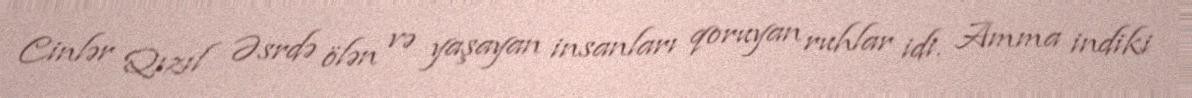
Cinlər Qızıl Əsrdə ölən və yaşayan insanları qoruyan ruhlar idi. Amma indiki